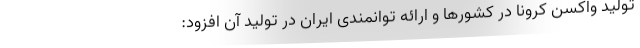
تولید واکسن کرونا در کشورها و ارائه توانمندی ایران در تولید آن افزود: